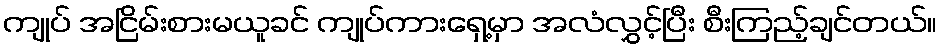
ကျုပ် အငြိမ်းစားမယူခင် ကျုပ်ကားရှေ့မှာ အလံလွှင့်ပြီး စီးကြည့်ချင်တယ်။